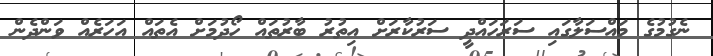
ނެގުމުގެ މައްސަލާގައި ސަރަހައްދީ ސަރުކާރަށް އިތުރު ބާރުތައް ހޯދުމަށް އެތައް އަހަރެއް ވަންދެން